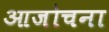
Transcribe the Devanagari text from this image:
आजोचना